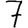
Digit: 7